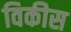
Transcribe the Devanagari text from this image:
विकीस